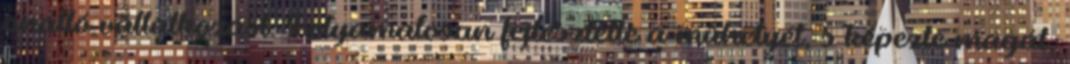
önálló vállalkozást. Folyamatosan fejlesztette a mûhelyét, s képezte magát,